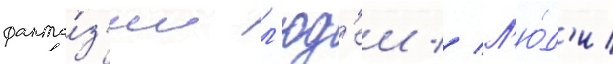
фанта́з'ии л'юд'еи // Л'ю́д'и